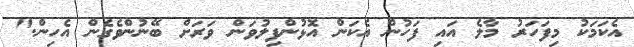
އެކަމަކު މިފަހަރު މާލެ އައި ފަހުން އެކަން އޮޅުންފިލުވަން ވަރަށް ބޭނުންވެގެން އެހިން."